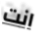
انت